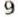
9